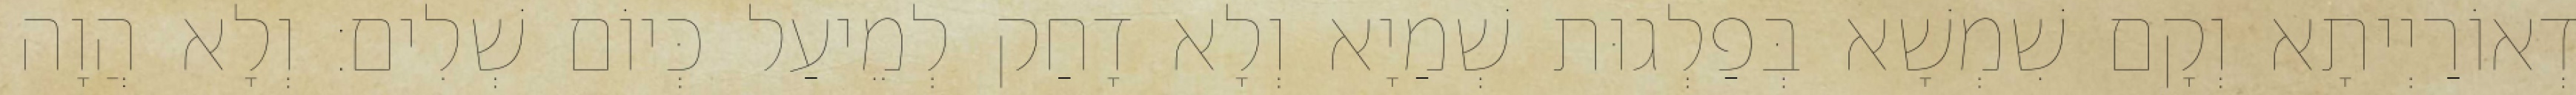
דְאוֹרַיְיתָא וְקָם שִׁמְשָׁא בְּפַלְגוּת שְׁמַיָא וְלָא דָחַק לְמֵיעַל כְּיוֹם שְׁלִים׃ וְלָא הֲוָה